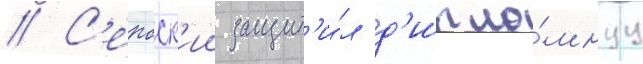
// С'ербск'ии защит'и́л д'ипло́мнуу